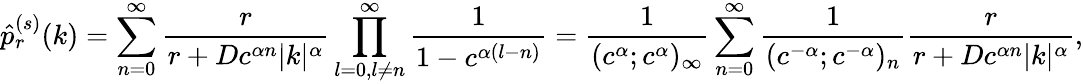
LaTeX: \hat{p}_{r}^{(s)}(k)=\sum_{n=0}^{\infty}\frac{r}{r+Dc^{\alpha n}|k|^{\alpha}}\prod_{\substack{l=0,l\neq n}}^{\infty}\frac{1}{1-c^{\alpha(l-n)}}=\frac{1}{(c^{\alpha};c^{\alpha})_{\infty}}\sum_{n=0}^{\infty}\frac{1}{(c^{-\alpha};c^{-\alpha})_{n}}\frac{r}{r+Dc^{\alpha n}|k|^{\alpha}},